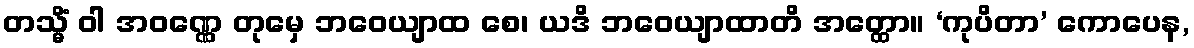
တသ္မိံ ဝါ အဝဏ္ဏေ တုမှေ ဘဝေယျာထ စေ၊ ယဒိ ဘဝေယျာထာတိ အတ္ထော။ ‘ကုပိတာ’ ကောပေန,